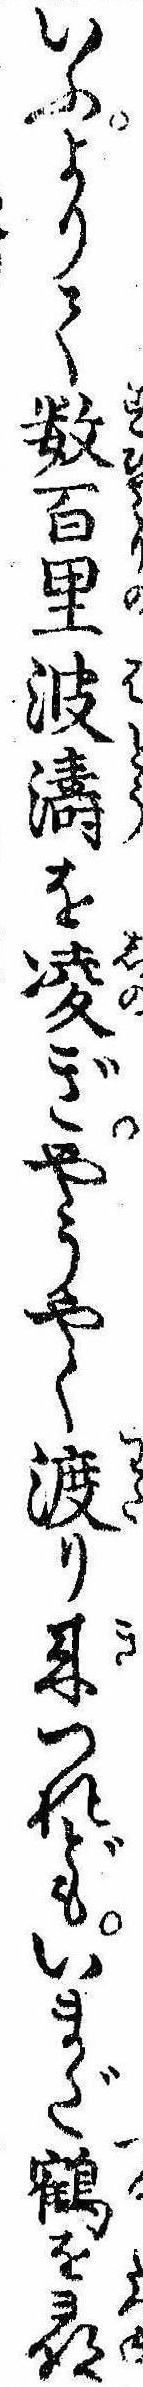
いふよりて数百里波濤を凌ぎやうやく渡り来つれどもいまだ鶴を尋